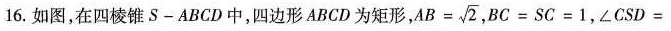
16.如图，在四棱锥S-ABCD中，四边形ABCD为矩形， $$A B = \sqrt { 2 }$$，$$B C = S C = 1$$，$$∠ C S D =